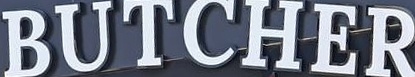
BUTCHER